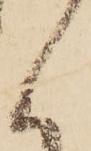
候